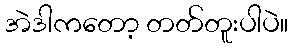
အဲဒါကတော့ တတ်တူးပါပဲ။